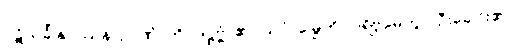
ပဋိသင်္ခါနုပဿနာဉာဏံ၊ ကို။ ဒဋ္ဌဗ္ဗံ၊ ၏။ သပ္ပံ၊ မြွေကို။ ပရိဗ္ဘမေတွာ၊ ဦးခေါင်း၏